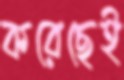
করেছেই